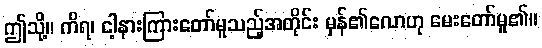
ဤသို့။ ကိရ၊ ငါ့နားကြားတော်မူသည့်အတိုင်း မှန်၏လောဟု မေးတော်မူ၏။